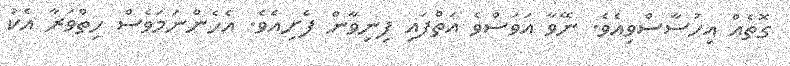
ގޮތެއް އިހުސާސްވިއެވެ. ނޭވާ އަވަސްވެ އަތްފައި ފިނިވާން ފެށިއެވެ. އެހެންނަމަވެސް ހިތްވަރާ އެކު